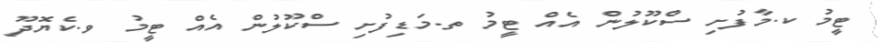
ޓީމު ކ.މާފުށި ސްކޫލުން އެއް ޓީމު ތ.މަޑިފުށި ސްކޫލުން އެއް ޓީމު ވ.ކެޔޮދޫ